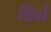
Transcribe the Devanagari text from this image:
डिबो